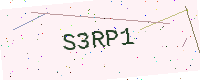
Text: S3RP1